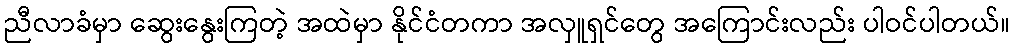
ညီလာခံမှာ ဆွေးနွေးကြတဲ့ အထဲမှာ နိုင်ငံတကာ အလှူရှင်တွေ အကြောင်းလည်း ပါဝင်ပါတယ်။